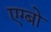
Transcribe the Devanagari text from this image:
एग्बो